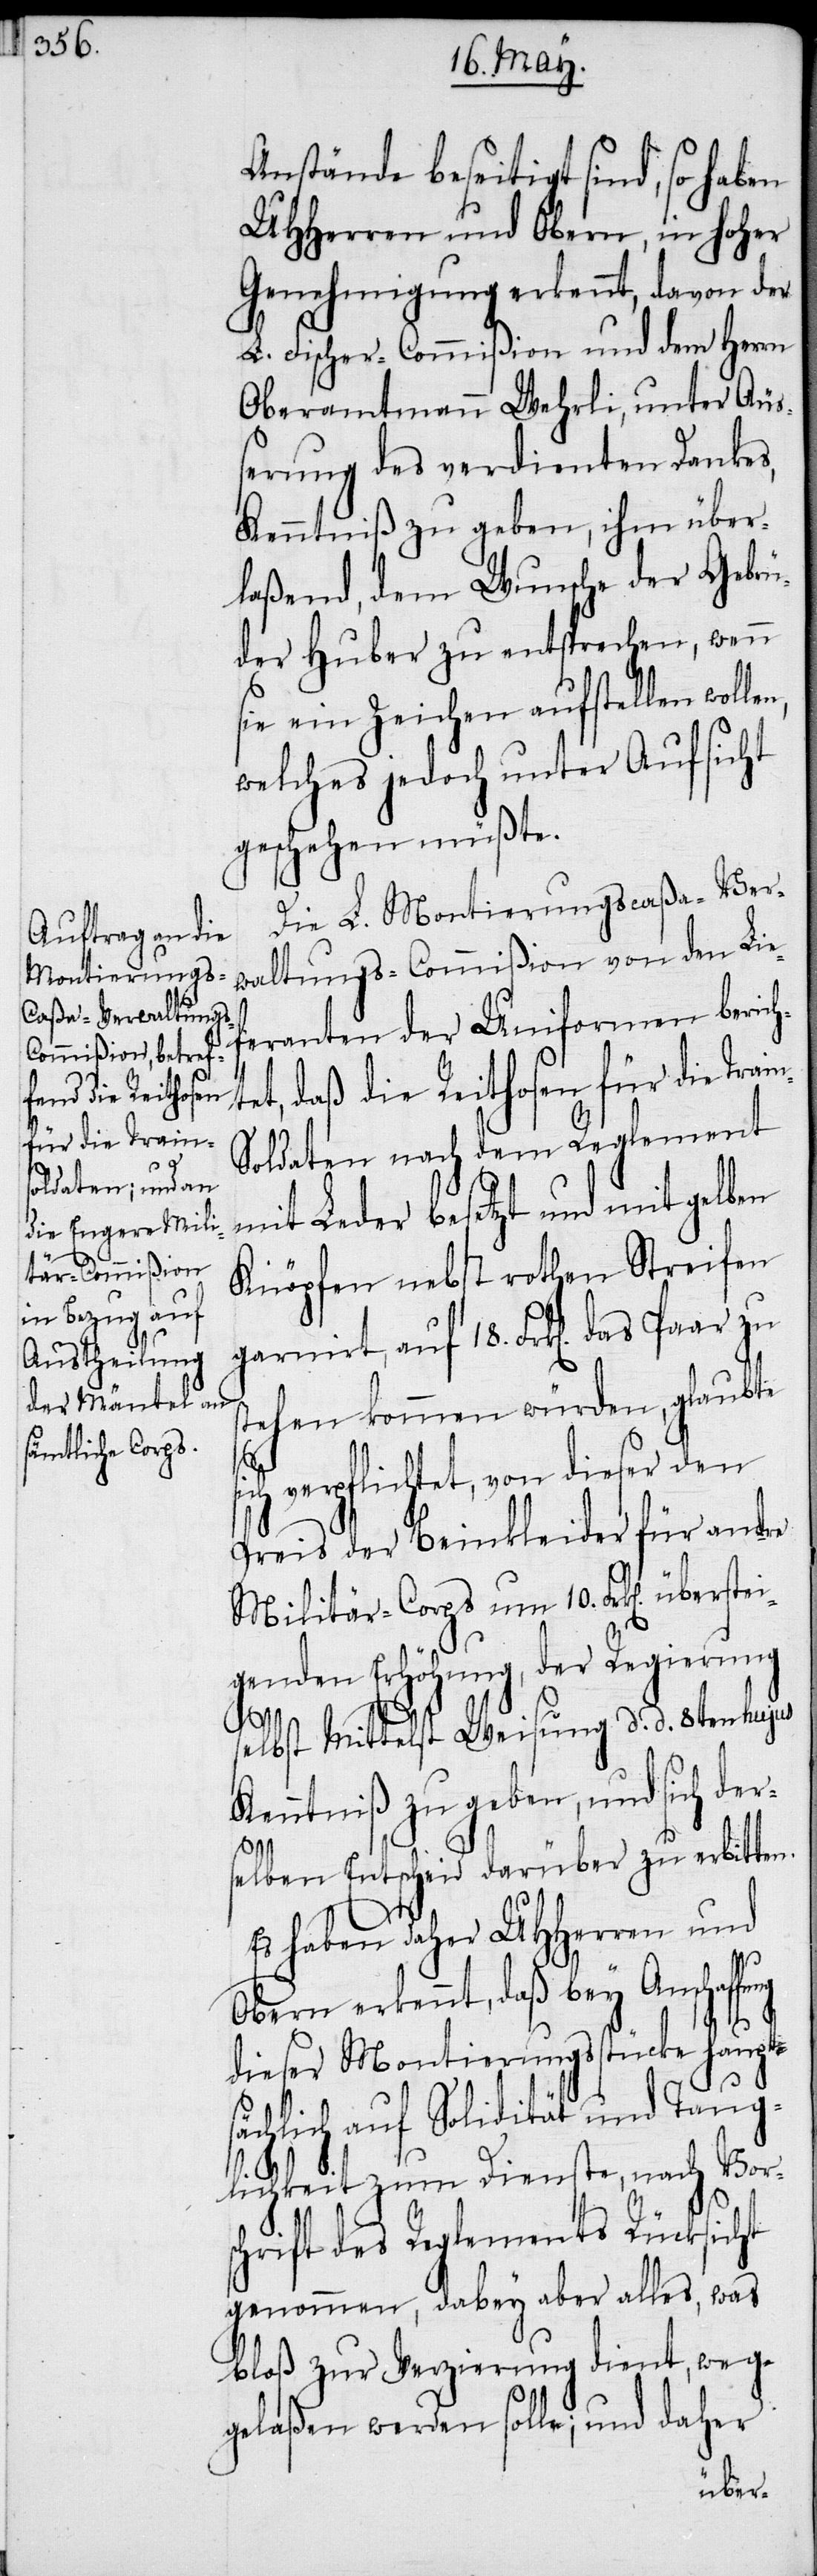
Anstände beseitigt sind, so haben
UHHerren und Obern, in hoher
Genehmigung erkennt, davon der
L. Fischer-Commißion und dem Herrn
Oberamtmann Wehrli, unter Äuß¬
erung des verdienten Dankes,
Kenntniß zu geben, ihm über¬
laßend, dem Wunsche der Gebrü¬
der Huber zu entsprechen, wenn
sie ein Zeichen aufstellen wolle¬
welches jedoch unter Aufsicht
geschehen müßte.
Die L. Montierungscaßa-Ver¬
waltungs-Commißion von den Lie¬
feranten der Uniformen berich¬
et, daß die Reithosen für die Tra¬
oldaten nach dem Reglement
mit Leder besetzt und mit gelben
Knöpfen nebst rothen Streifen
stehen kommen würden, glaubte
verpflichtet, von dieser den
Preis der Beinkleider für andre
Militär-Corps um 10. Frk[e¬
genden Erhöhung, der Regierung
das
n].
selbst Mittelst Weisung d. d. 8ten hujus
Kenntniß zu geben, und sich der¬
fung
selben Entscheid darüber zu erbitten.
Es haben daher UHHerren und
Obern erkennt, daß bey Anschaf¬
dieser Montierungsstücke haupts¬
ächlich auf Solidität und Taug¬
lichkeit zum Dienste, nach Vors¬
chrift des Reglements Rücksicht
genommen, dabey aber alles, was
bloß zur Verzierung dient, weg¬
gelaßen werden solle; und daher
über¬